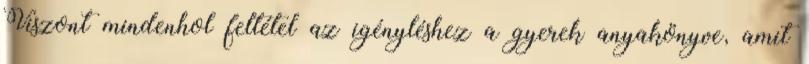
Viszont mindenhol feltétel az igényléshez a gyerek anyakönyve, amit